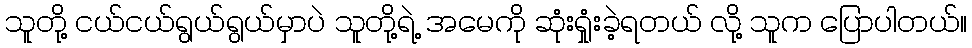
သူတို့ ငယ်ငယ်ရွယ်ရွယ်မှာပဲ သူတို့ရဲ့ အမေကို ဆုံးရှုံးခဲ့ရတယ် လို့ သူက ပြောပါတယ်။